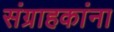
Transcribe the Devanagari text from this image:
संग्राहकांना